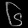
Digit: ၆